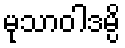
မုသာဝါဒမ္ပိ